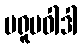
ပရူပဝါဒါ